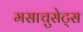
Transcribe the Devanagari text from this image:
मसाचुसेट्स